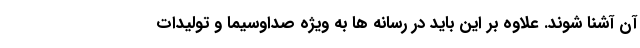
آن آشنا شوند. علاوه بر این باید در رسانه ها به ویژه صداوسیما و تولیدات